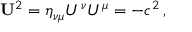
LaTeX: { \mathbf { U } } ^ { 2 } = \eta _ { \nu \mu } U ^ { \nu } U ^ { \mu } = - c ^ { 2 } \, ,